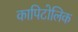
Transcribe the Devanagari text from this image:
कापिटोलिक